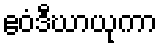
ဧဝံဒီဃာယုကာ